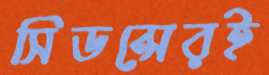
সিডন্সেরই